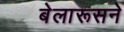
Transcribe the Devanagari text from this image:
बेलारूसने